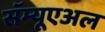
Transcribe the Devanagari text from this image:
सॅम्यूएअल